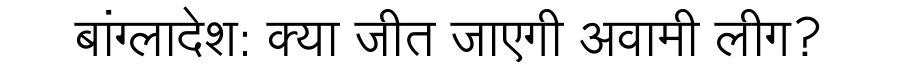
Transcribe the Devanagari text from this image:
बांग्लादेश: क्या जीत जाएगी अवामी लीग?